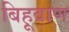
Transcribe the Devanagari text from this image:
बिहूवाण